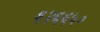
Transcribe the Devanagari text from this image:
६२६६५०